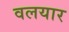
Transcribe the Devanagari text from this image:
वलयार